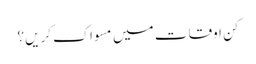
کن اوقات میں مسواک کریں؟